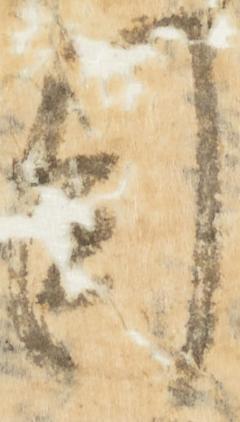
目